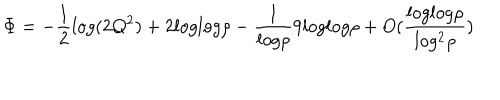
\Phi = - \frac { 1 } { 2 } l o g ( 2 Q ^ { 2 } ) + 2 l o g l o g \rho - \frac { 1 } { l o g \rho } 9 l o g l o g \rho + O ( \frac { l o g l o g \rho } { l o g ^ { 2 } \rho } )